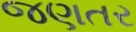
જણતર